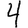
Digit: 4